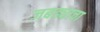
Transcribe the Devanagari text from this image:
जबड्याचा